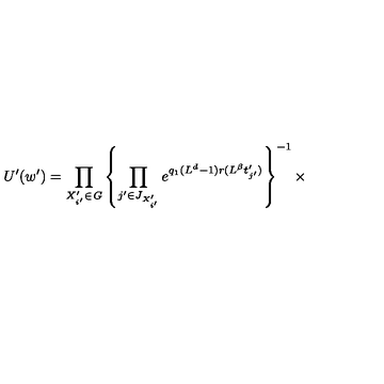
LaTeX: U ^ { \prime } ( w ^ { \prime } ) = \prod _ { X _ { i ^ { \prime } } ^ { \prime } \in { \it G } } \left\{ \prod _ { j ^ { \prime } \in J _ { X _ { i ^ { \prime } } ^ { \prime } } } e ^ { q _ { 1 } ( L ^ { d } - 1 ) r ( L ^ { \beta } t _ { j ^ { \prime } } ^ { \prime } ) } \right\} ^ { - 1 } \times